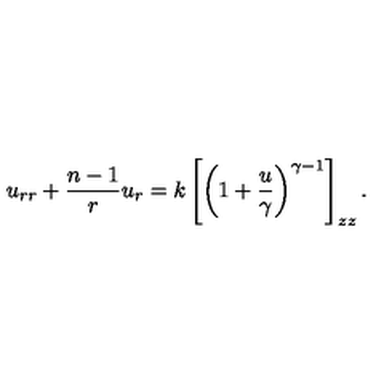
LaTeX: u _ { r r } + { \frac { n - 1 } { r } } u _ { r } = k \left[ \left( 1 + { \frac { u } { \gamma } } \right) ^ { \gamma - 1 } \right] _ { z z } .